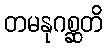
တမနုဂစ္ဆတိ